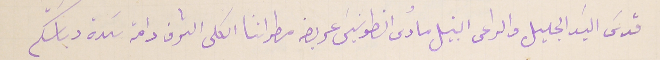
قدسَ السَيد الجليل والراعى النبيل مارى انطونيسَ عريضه مطراننا الكلى الشرف دامة سَدة رياسَتكم